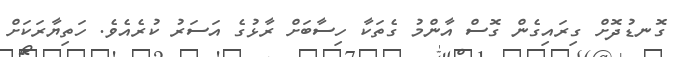
ގޮނޑުދޮށް ގިރައިގެން ގޮސް އާންމު ގެތަކާ ހިސާބަށް ރާޅުގެ އަސަރު ކުރެއެވެ. ހަތިޔާރަކަށް